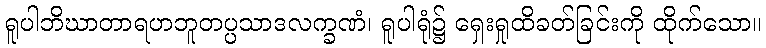
ရူပါဘိဃာတာရဟဘူတပ္ပသာဒလက္ခဏံ၊ ရူပါရုံ၌ ရှေးရှုထိခတ်ခြင်းကို ထိုက်သော။